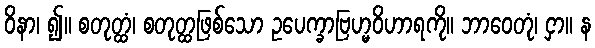
ဝိနာ၊ ၍။ စတုတ္ထံ၊ စတုတ္ထဖြစ်သော ဥပေက္ခာဗြဟ္မဝိဟာရကို။ ဘာဝေတုံ၊ ငှာ။ န